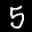
Label: 5